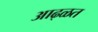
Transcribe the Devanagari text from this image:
आढ्ळत